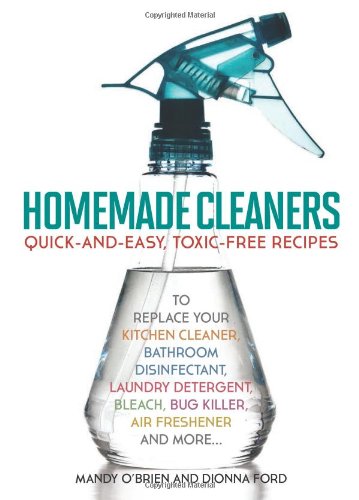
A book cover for Homemade Cleaners: Quick-and-Easy, Toxin-Free Recipes to Replace Your Kitchen Cleaner, Bathroom Disinfectant, Laundry Detergent, Bleach, Bug Killer, Air Freshener, and moreE¦; Dionna Ford; Crafts, Hobbies & Home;